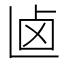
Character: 𠧟